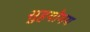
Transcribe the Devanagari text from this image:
सुहयोगय